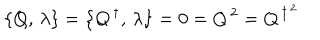
LaTeX: \left\{ Q , \, \lambda \right\} = \left\{ Q ^ { \, \dagger } , \, \lambda \right\} = 0 = Q ^ { \, 2 } = Q ^ { \, \dagger ^ { \, 2 } }